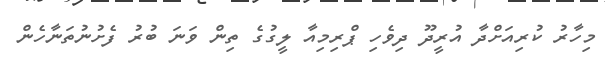
މިހާރު ކުރިއަށްދާ އުރީދޫ ދިވެހި ޕްރިމިއާ ލީގުގެ ތިން ވަނަ ބުރު ފެށުނުތަނާހެން